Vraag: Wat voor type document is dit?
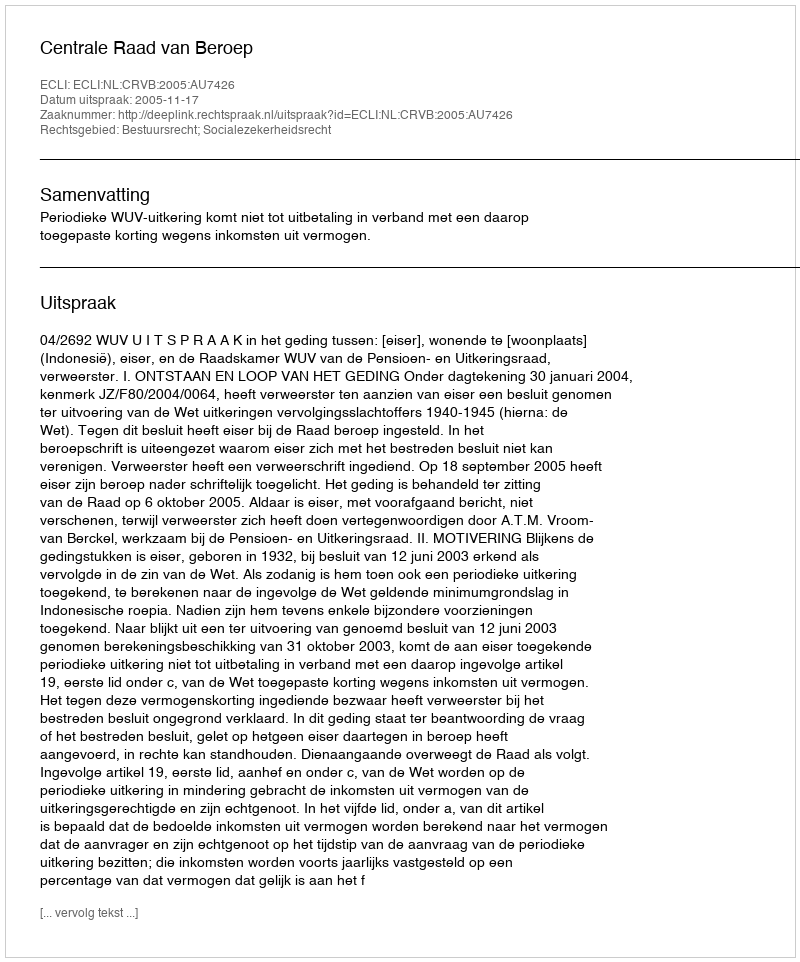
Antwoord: Uitspraak